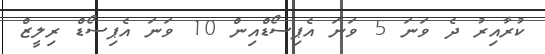
ކުރާއިރު ދެ ވަނަ 5 ވަނަ އެޕިސޯޑްއިން 10 ވަނަ އެޕިސޯޑް ރިލީޒް